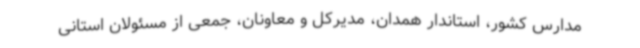
مدارس کشور، استاندار همدان، مدیرکل و معاونان، جمعی از مسئولان استانی